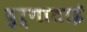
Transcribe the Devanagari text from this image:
दुर्गाताई